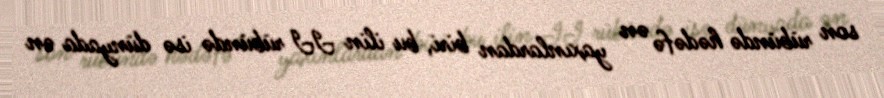
son rübündə hədəfə ən yaxınlardan biri, bu ilin II rübündə isə dünyada ən